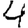
Digit: 4